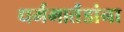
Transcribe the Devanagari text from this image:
धर्ममार्तंडांना